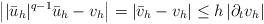
LaTeX: \begin{align*}\left| |\bar{u}_h|^{q-1}\bar{u}_h-v_h\right|=\left|\bar{v}_h-v_h\right| \leq h \left|\partial_t v_h \right|\end{align*}